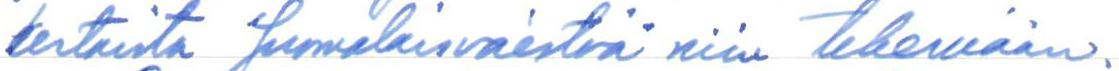
kertaista saamelaisväestöä niin tekemään.